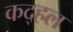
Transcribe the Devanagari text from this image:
कद्हल